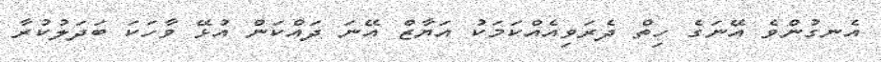
އެނގުންވެ އޭނަގެ ހިތް ދެރަވިއެއްކަމަކު އަޔާޒް އޭނަ ދައްކަން އުޅޭ ވާހަކަ ބަދަލުކުރާ